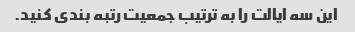
این سه ایالت را به ترتیب جمعیت رتبه بندی کنید.